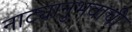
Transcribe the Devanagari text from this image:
नाट्यानुभवाची